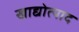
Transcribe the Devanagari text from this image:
खाद्योत्पाद